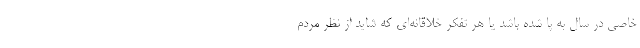
خاصی در سال به پا شده باشد یا هر تفکر خلاقانه‌ای که شاید از نظر مردم